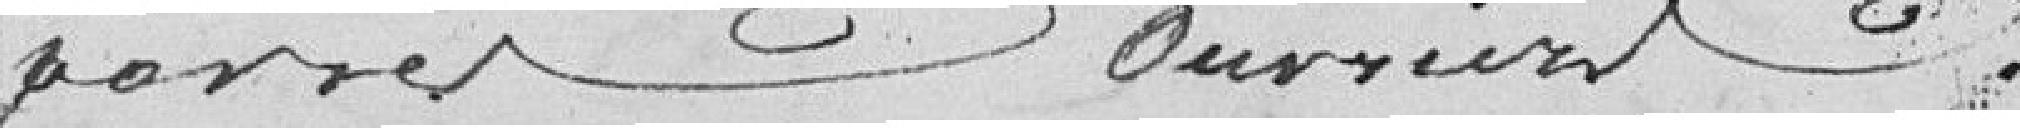
par ses ouvriers.